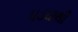
પડઘાથી